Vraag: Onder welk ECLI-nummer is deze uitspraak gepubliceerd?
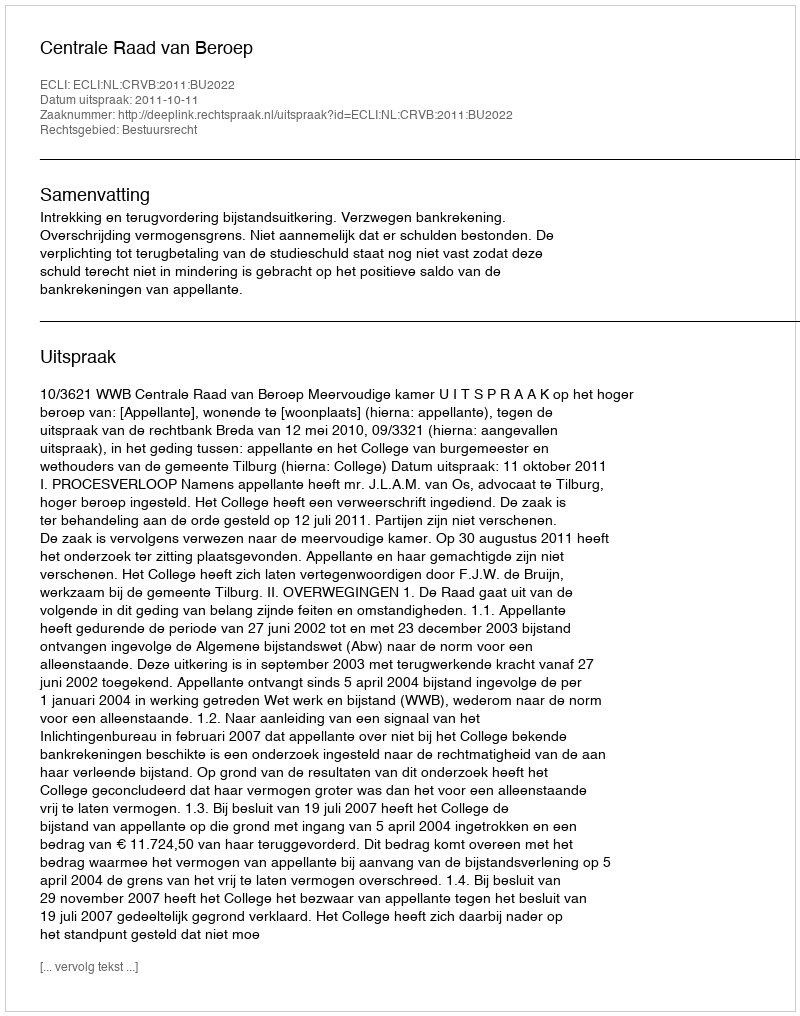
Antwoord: ECLI:NL:CRVB:2011:BU2022